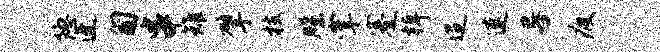
隐迓匍串雉擘枝牒掌蹇棹迢速晷疲